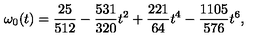
\omega _ { 0 } ( t ) = { \frac { 2 5 } { 5 1 2 } } - { \frac { 5 3 1 } { 3 2 0 } } t ^ { 2 } + { \frac { 2 2 1 } { 6 4 } } t ^ { 4 } - { \frac { 1 1 0 5 } { 5 7 6 } } t ^ { 6 } ,